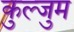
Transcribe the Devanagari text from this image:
कुल्जुम